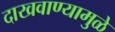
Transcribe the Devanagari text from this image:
दाखवाण्यामुळे